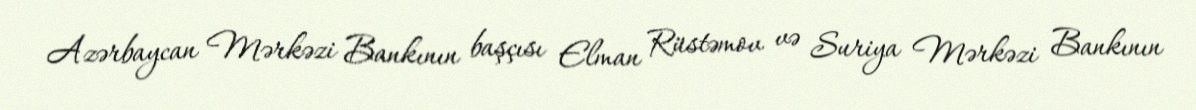
Azərbaycan Mərkəzi Bankının başçısı Elman Rüstəmov və Suriya Mərkəzi Bankının